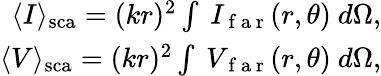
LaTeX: \begin{array}{r}{\langle I\rangle_{\mathrm{{sca}}}=(kr)^{2}\int~I_{\mathrm{~f~a~r~}}(r,\theta)~d\Omega,}\\ {\langle V\rangle_{\mathrm{{sca}}}=(kr)^{2}\int~V_{\mathrm{~f~a~r~}}(r,\theta)~d\Omega,}\end{array}